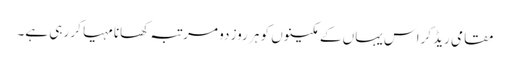
مقامی ریڈ کراس یہاں کے مکینوں کو ہر روز دو مرتبہ کھانا مہیا کر رہی ہے۔